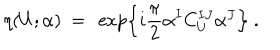
LaTeX: \eta ( U ; \alpha ) \ = \ \exp \left\{ i \frac { \pi } { 2 } \alpha ^ { I } C _ { U } ^ { I J } \alpha ^ { J } \right\} \ .